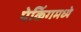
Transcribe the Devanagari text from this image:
पेकिंगमध्ये